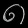
Digit: ၈